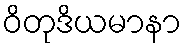
ဝိတုဒိယမာနာ